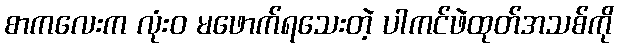
စာကလေးက လုံးဝ မဖောက်ရသေးတဲ့ ပါကင်ဖဲထုတ်အသစ်ကို